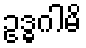
ဥဒ္ဓဂါမိ